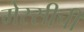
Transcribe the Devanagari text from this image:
मेस्सीची